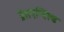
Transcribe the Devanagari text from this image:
प्रेसएन्बिल्ड